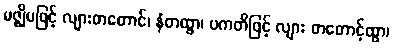
မဇ္ဈိမဖြင့် လျားတတောင်၊ နံတထွာ၊ ပကတိဖြင့် လျား တတောင့်ထွာ၊